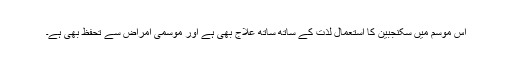
اس موسم میں سکنجبین کا استعمال لذت کے ساتھ ساتھ علاج بھی ہے اور موسمی امراض سے تحفظ بھی ہے۔